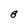
Character: 8